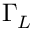
\Gamma _ { \/ L }